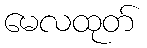
မေလထုတ်